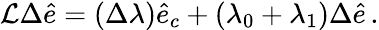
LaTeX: \begin{array}{r}{\mathcal{L}\Delta\hat{e}=(\Delta\lambda)\hat{e}_{c}+(\lambda_{0}+\lambda_{1})\Delta\hat{e}\, .}\end{array}